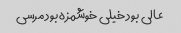
عالی بود خیلی خوشمزه بود مرسی